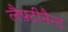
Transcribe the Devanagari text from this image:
लैफ़्टीनैन्ट